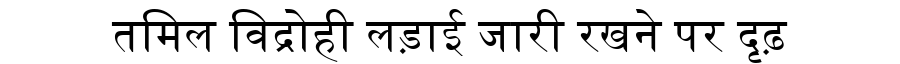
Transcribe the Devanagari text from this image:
तमिल विद्रोही लड़ाई जारी रखने पर दृढ़